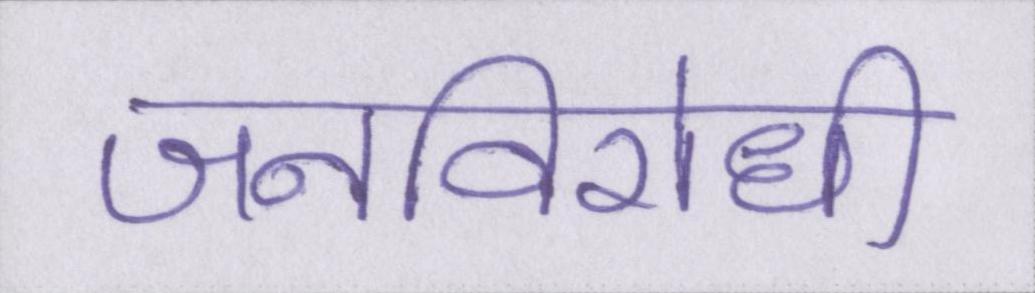
जनविरोधी